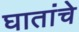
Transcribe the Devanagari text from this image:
घातांचे